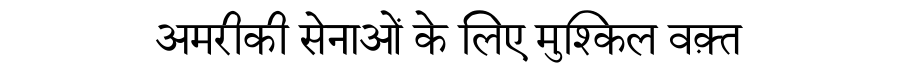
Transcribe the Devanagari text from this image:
अमरीकी सेनाओं के लिए मुश्किल वक़्त